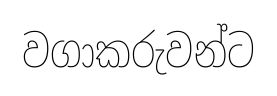
වගාකරුවන්ට